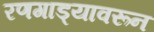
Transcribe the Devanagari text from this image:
रणगाड्यावरून